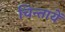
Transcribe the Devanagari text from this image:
चिन्तायें